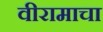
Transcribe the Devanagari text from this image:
वीरामाचा